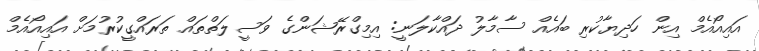
އައިއޯއެމް އިން ހަދިޔާކުރި ބައެއް ސާމާލު ދައްކާލަނީ: އިމިގްރޭޝަންގެ ވަސީލަތްތައް ތަރައްގީކުރުމަށް އައިއޯއެމް